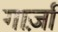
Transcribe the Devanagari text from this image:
गार्ज़ा